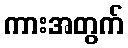
ကားအတွက်